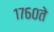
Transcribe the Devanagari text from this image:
१७६०ते